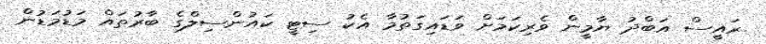
ރައީސް އަބްދު ޔާމީން ވެރިކަމަށް ވަޑައިގަތުމާ އެކު ސިޓީ ކައުންސިލްގެ ބާރުތައް މަޑުމަޑުން